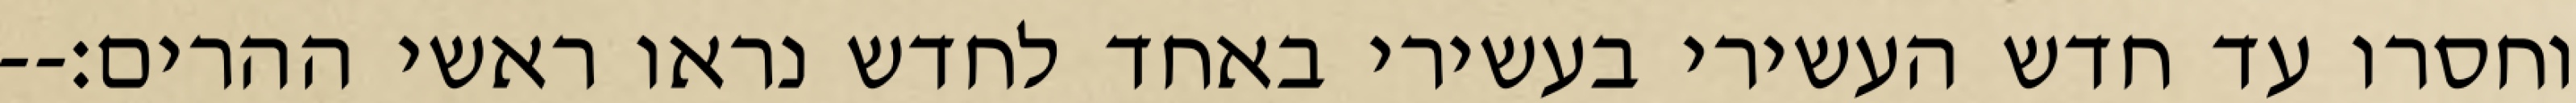
וחסרו עד חדש העשירי בעשירי באחד לחדש נראו ראשי ההרים׃--